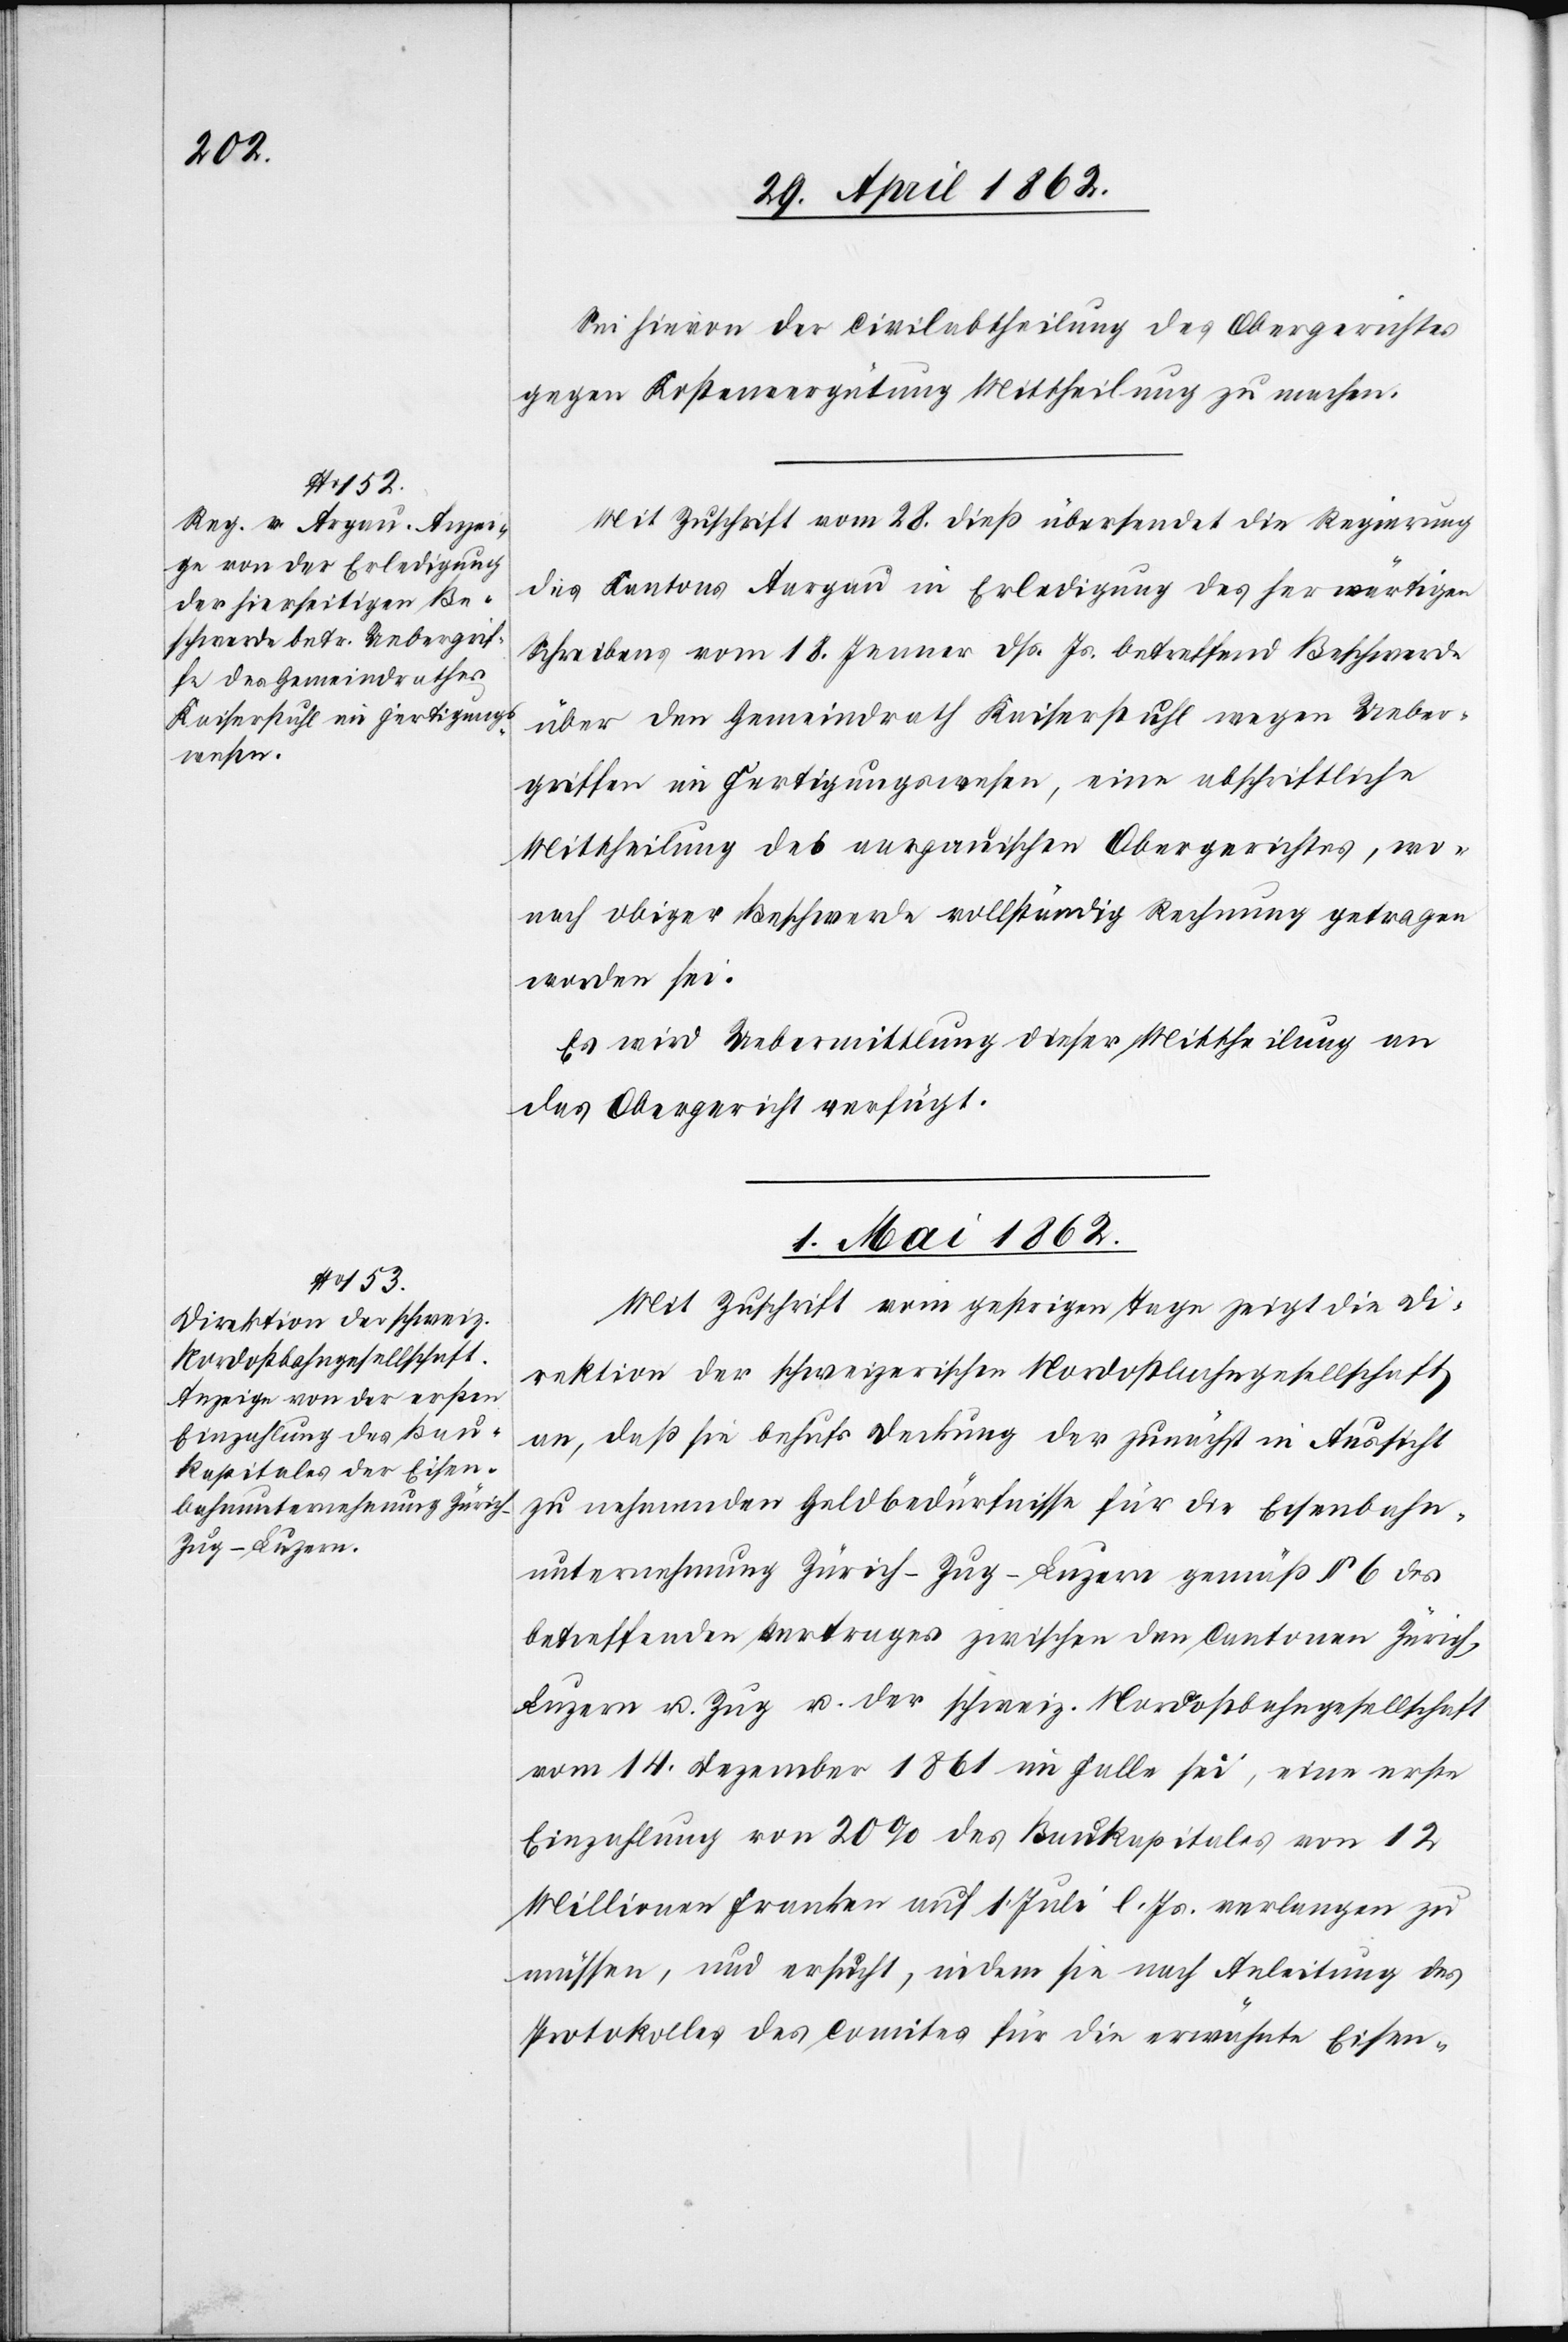
30. April 1862.]
Sei hievon der Civilabtheilung des Obergerichtes
gegen Kostenvergütung Mittheilung zu machen.
Mit Zuschrift vom 28. dieß übersendet die Regierung
des Kantons Aargau in Erledigung des herwärtigen
Schreibens vom 18. Jenner dß. Js. betreffend Beschwerde
über den Gemeindrath Kaiserstuhl wegen Ueber¬
griffen im Fertigungswesen, eine abschriftliche
Mittheilung des aargauischen Obergerichtes, wo¬
nach obiger Beschwerde vollständig Rechnung getragen
worden sei.
Es wird Uebermittlung dieser Mittheilung an
das Obergericht verfügt.
1. Mai 1862.
Mit Zuschrift vom gestrigen Tage zeigt die Di¬
rektion der schweizerischen Nordostbahngesellschaft
an, daß sie behufs Deckung der zunächst in Aussicht
zu nehmenden Geldbedürfnisse für die Eisenbahn¬
unternehmung Zürich-Zug-Luzern gemäß § 6 des
betreffenden Vertrages zwischen den Cantonen Zürich,
Luzern u. Zug u. der schweiz. Nordostbahngesellschaft
vom 14. Dezember 1861 im Falle sei, eine erste
Einzahlung von 20% des Baukapitales von 12
Millionen Franken auf 1. Juni l. Js. verlangen zu
müssen, und ersucht, indem sie nach Anleitung des
Protokolls des Comites für die erwähnte Eisen-